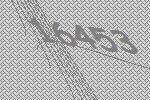
16453